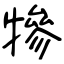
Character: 犙